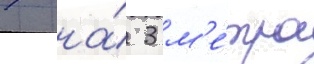
7 на́ 3 м'е́тра